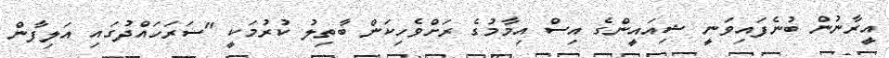
އީރާނުން ބުނެފައިވަނީ ޝިއައީންގެ އިސް އިމާމުގެ ރަށްވެހިކަން ބާތިލު ކުރުމަކީ "ސަރަހައްދުގައި އަލިފާން